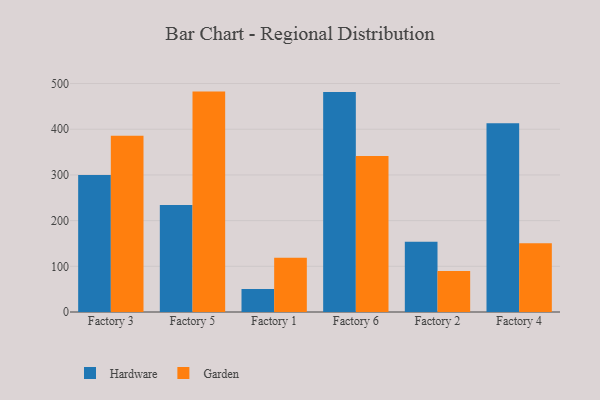
{"axis": {"x": "Factory", "y": "Latency (ms)"}, "legend": ["Garden", "Hardware"], "data": [{"x": "Factory 3", "y": 299.7, "type": "Hardware"}, {"x": "Factory 3", "y": 385.8, "type": "Garden"}, {"x": "Factory 5", "y": 234.4, "type": "Hardware"}, {"x": "Factory 5", "y": 482.4, "type": "Garden"}, {"x": "Factory 1", "y": 50.5, "type": "Hardware"}, {"x": "Factory 1", "y": 118.7, "type": "Garden"}, {"x": "Factory 6", "y": 481.7, "type": "Hardware"}, {"x": "Factory 6", "y": 341.5, "type": "Garden"}, {"x": "Factory 2", "y": 153.7, "type": "Hardware"}, {"x": "Factory 2", "y": 89.8, "type": "Garden"}, {"x": "Factory 4", "y": 413.3, "type": "Hardware"}, {"x": "Factory 4", "y": 150.6, "type": "Garden"}]}